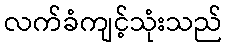
လက်ခံကျင့်သုံးသည်